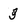
Character: 3